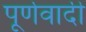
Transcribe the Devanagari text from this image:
पूर्णवादी